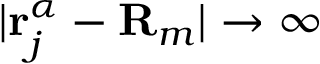
| \mathbf { r } _ { j } ^ { \alpha } - \mathbf { R } _ { m } | \rightarrow \infty